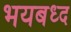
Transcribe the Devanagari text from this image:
भयबध्द